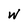
Character: W